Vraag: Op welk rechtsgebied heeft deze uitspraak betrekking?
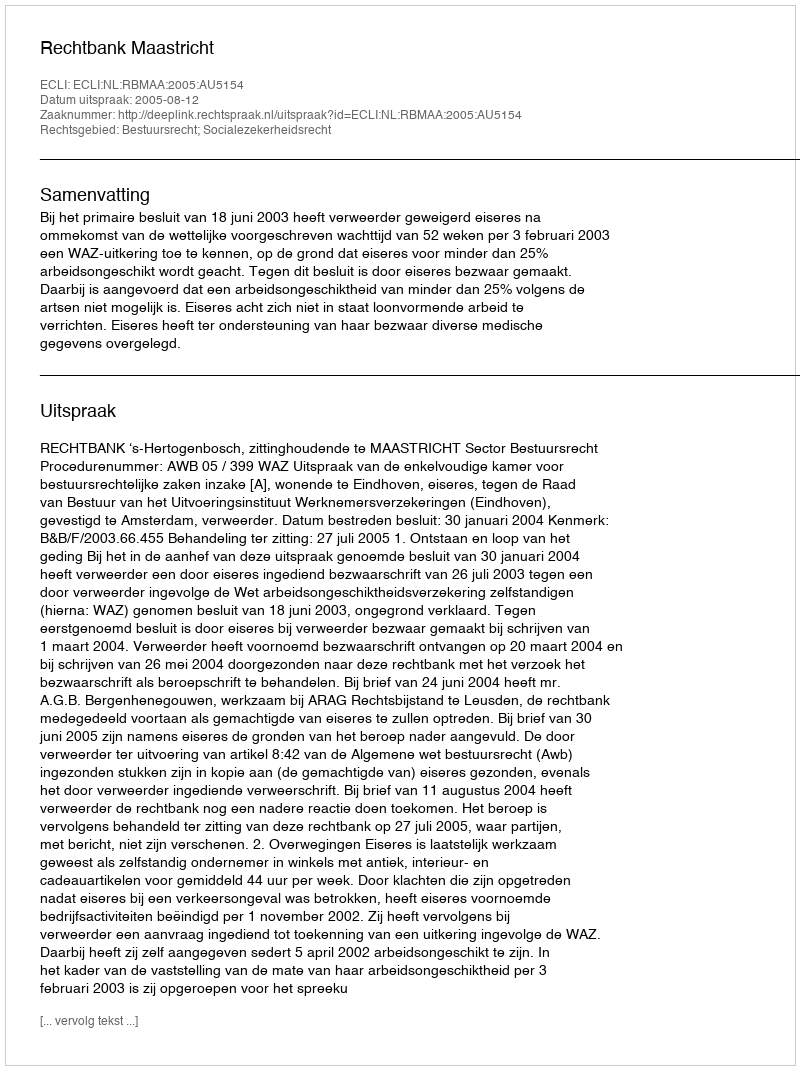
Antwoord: Bestuursrecht; Socialezekerheidsrecht